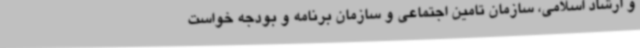
و ارشاد اسلامی،‌ سازمان تامین اجتماعی و سازمان برنامه و بودجه خواست